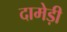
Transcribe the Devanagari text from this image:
दामेड़ी